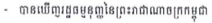
- បានឃើញរដ្ឋធម្មនុញ្ញនៃព្រះរាជាណាចក្រកម្ពុជា